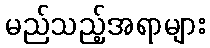
မည်သည့်အရာများ